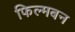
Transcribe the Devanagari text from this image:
फिल्मबन